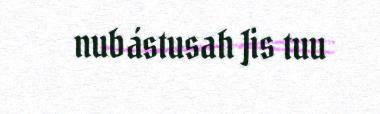
nubástusah Jis tuu